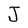
Character: J